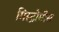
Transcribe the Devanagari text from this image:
मिस्ट्रोमीस